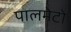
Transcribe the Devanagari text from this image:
पालमेटो